Report on metropolitan horse fairs and district horse shows of 1891-92 - 1891-1892
Year: 1891
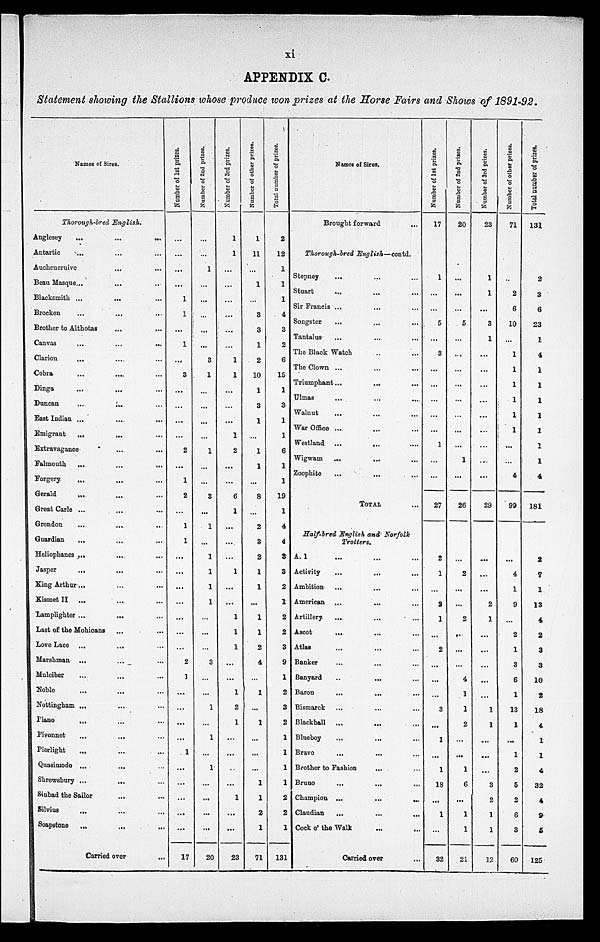
xi
APPENDIX C.
Statement showing the Stallions whose produce won prizes at the Horse Fairs and Shows of 1891-92.
Names of Sires.
Thorough-bred
English.
Anglesey
...
Antartic
...
Auchencruive
Beau Masque ...
Blacksmith ...
Brocken ...
Brother to Althotas
Canvas ...
Clarion
...
Cobra ...
Dinga ...
Duncan ...
East Indian ...
Emigrant
...
Extravagance
Falmouth
...
Forgery
...
Gerald ...
Great Carle ...
Grendon ...
Guardian
...
Heliophanes ...
Jasper
...
King Arthur ...
Kismet II
...
Lamplighter ...
Last of the Mohicans
Love Lace ...
Marshman
...
Mulciber ...
Noble ...
Nottingham ...
Piano
...
Pivonnet ...
Pierlight ...
Quasimodo ...
Shrewsbury ...
Sinbad the Sailor
Silvius
...
Soapstone
...
...
...
...
...
...
...
...
...
...
...
...
...
...
...
...
...
...
...
...
...
...
...
...
...
...
...
...
...
...
...
...
...
...
...
...
...
...
...
...
...
...
...
...
...
...
...
...
...
...
...
...
...
...
...
...
...
...
...
...
...
...
...
...
...
...
...
...
...
...
...
...
...
...
...
...
...
...
...
...
...
Carried over
...
Number of 1st prizes.
...
...
...
...
1
1
...
1
...
3
...
...
...
...
2
...
1
2
...
1
1
...
...
...
...
...
...
...
2
1
...
...
...
...
1
...
...
...
...
...
17
Number of 2nd prizes.
...
...
1
...
...
...
...
...
3
1
...
...
...
...
1
...
...
3
...
1
...
1
1
1
1
...
...
...
3
...
...
1
...
1
...
1
...
...
...
...
20
Number of 3rd prizes.
1
1
...
...
...
...
...
...
1
1
...
...
...
1
2
...
...
6
1
...
...
...
1
...
...
1
1
1
...
...
1
2
1
...
...
...
...
1
...
...
23
Number of other prizes.
1
11
...
1
...
3
3
1
2
10
1
3
1
...
1
1
...
8
...
2
3
2
1
1
...
1
1
2
4
...
1
...
1
...
...
...
1
1
2
1
71
Total number of prizes.
2
12
1
1
1
4
3
2
6
15
1
3
1
1
6
1
1
19
1
4
4
3
3
2
1
2
2
3
9
1
2
3
2
1
1
1
1
2
2
1
131
Names of Sires.
Brought forward
...
Thorough-bred
English—contd.
Stepney
...
Stuart ...
Sir Francis ...
Songster ...
Tantalus ...
The Black Watch
The Clown ...
Triumphant ...
Ulmas ...
Walnut
War Office ...
Westland ...
Wigwam
Zoophite ...
...
...
...
...
...
...
...
...
...
...
...
...
...
...
...
...
...
...
...
...
...
...
...
...
...
...
...
...
TOTAL
...
Half-bred English and
Norfolk
Trotters.
A. 1 ...
Activity ...
Ambition ...
American ...
Artillery
...
Ascot
...
Atlas ...
Banker ...
Banyard ..
Baron
...
Bismarck ...
Blackball
...
Blueboy ...
Bravo
...
Brother to Fashion
Bruno ...
Champion ...
Claudian ...
Cock o' the Walk
...
...
...
...
...
...
...
...
...
...
...
...
...
...
...
...
...
...
...
...
...
...
...
...
...
...
...
...
...
...
...
...
...
...
...
...
...
...
Carried over
...
Number of 1st prizes.
17
1
...
...
5
...
3
...
...
...
...
...
1
...
...
27
2
1
...
3
1
...
2
...
...
...
3
...
1
...
1
18
...
1
...
32
Number of 2nd prizes.
20
...
...
...
5
...
...
...
...
...
...
...
...
1
...
26
...
2
...
...
2
...
...
...
4
1
1
2
...
...
1
6
...
1
1
21
Number of 3rd prizes.
23
1
1
...
3
1
...
...
...
...
...
...
...
...
...
29
...
...
...
2
1
...
...
...
...
...
1
1
...
...
...
3
2
1
1
12
Number of other prizes.
71
..
2
6
10
...
1
...
1
1
1
1
...
..
4
99
...
4
1
9
...
2
1
3
6
1
13
1
...
1
2
5
2
6
3
60
Total number of prizes.
131
2
3
6
23
1
4
1
1
1
1
1
1
1
4
181
2
7
1
13
4
2
3
3
10
2
18
4
1
1
4
32
4
9
5
125